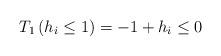
LaTeX: \begin{align*} \begin{aligned} T_1\left(h_i {}\leq{} 1\right) = -1 + h_i {}\leq{} 0 \end{aligned} \end{align*}